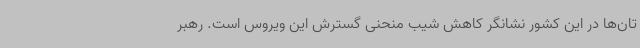
تان‌ها در این کشور نشانگر کاهش شیب منحنی گسترش این ویروس است. رهبر